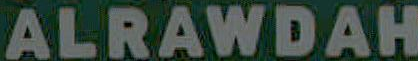
ALRAWDAH